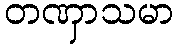
တဏှာသမာ